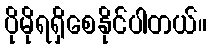
ပိုမိုရရှိစေနိုင်ပါတယ်။